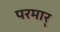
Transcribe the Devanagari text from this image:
परमार्